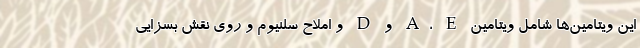
این ویتامین‌ها شامل ویتامین A، E و D و املاح سلنیوم و روی نقش بسزایی